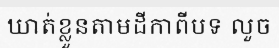
ឃាត់ខ្លួនតាមដីកាពីបទ លួច